Malaria in India - Number 2
Disease focus: Malaria
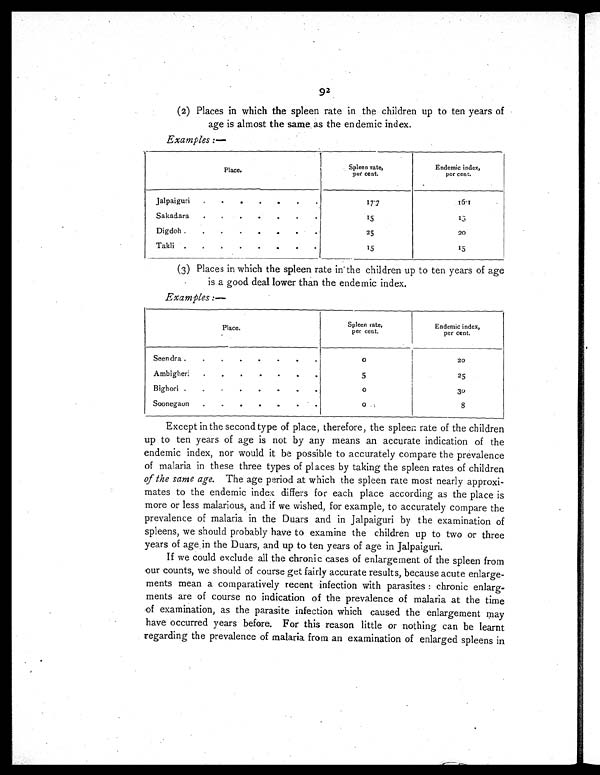
92
(2) Places in which the spleen rate in the children up to ten years of
age is almost the same as the endemic index.
Examples :—
Place.
Spleen rate,
per cent.
Endemic index,
per cent.
Jalpaiguri
.
. . . . . .
17.7
16.1
Sakadara
.
.
.
.
.
. .
15
1 5
Digdoh .
.
.
.
. . . .
25
20
Takli .
.
.
. . . . .
15
15
(3) Places in which the spleen rate in the children up to ten years of age
is a good deal lower than the endemic index.
Examples :—
Place.
Spleen rate
p e r c e n t .
Endemic index,
per cent.
Seendra .
.
. . . . . .
0
20
Ambigheri . . . . . . .
5
25
Bighori .
.
. . . . . .
0
30
Soonegaon
.
.
. . . . .
0
8
Except in the second type of place, therefore, the spleen rate of the children
up to ten years of age is not by any means an accurate indication of the
endemic index, nor would it be possible to accurately compare the prevalence
of malaria in these three types of places by taking the spleen rates of children
of the same age. The age period at which the spleen rate most nearly approxi-
mates to the endemic index differs for each place according as the place is
more or less malarious, and if we wished, for example, to accurately compare the
prevalence of malaria in the Duars and in Jalpaiguri by the examination of
spleens, we should probably have to examine the children up to two or three
years of age in the Duars, and up to ten years of age in Jalpaiguri.
If we could exclude all the chronic cases of enlargement of the spleen from
our counts, we should of course get fairly accurate results, because acute enlarge-
ments mean a comparatively recent infection with parasites : chronic enlarg-
ments are of course no indication of the prevalence of malaria at the time
of examination, as the parasite infection which caused the enlargement may
have occurred years before. For this reason little or nothing can be learnt
regarding the prevalence of malaria from an examination of enlarged spleens in